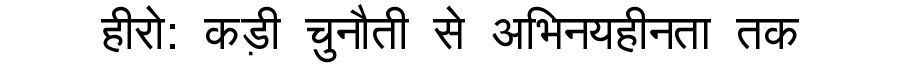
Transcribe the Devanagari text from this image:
हीरो: कड़ी चुनौती से अभिनयहीनता तक